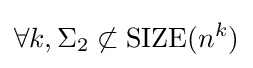
\forall k,\Sigma _{2}\not \subset \mathrm {SIZE} (n^{k})